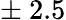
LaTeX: \pm\ 2.5